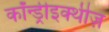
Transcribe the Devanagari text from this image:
कॉन्ड्रीइक्थीज़